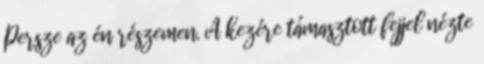
Persze az én részemen. A kezére támasztott fejjel nézte